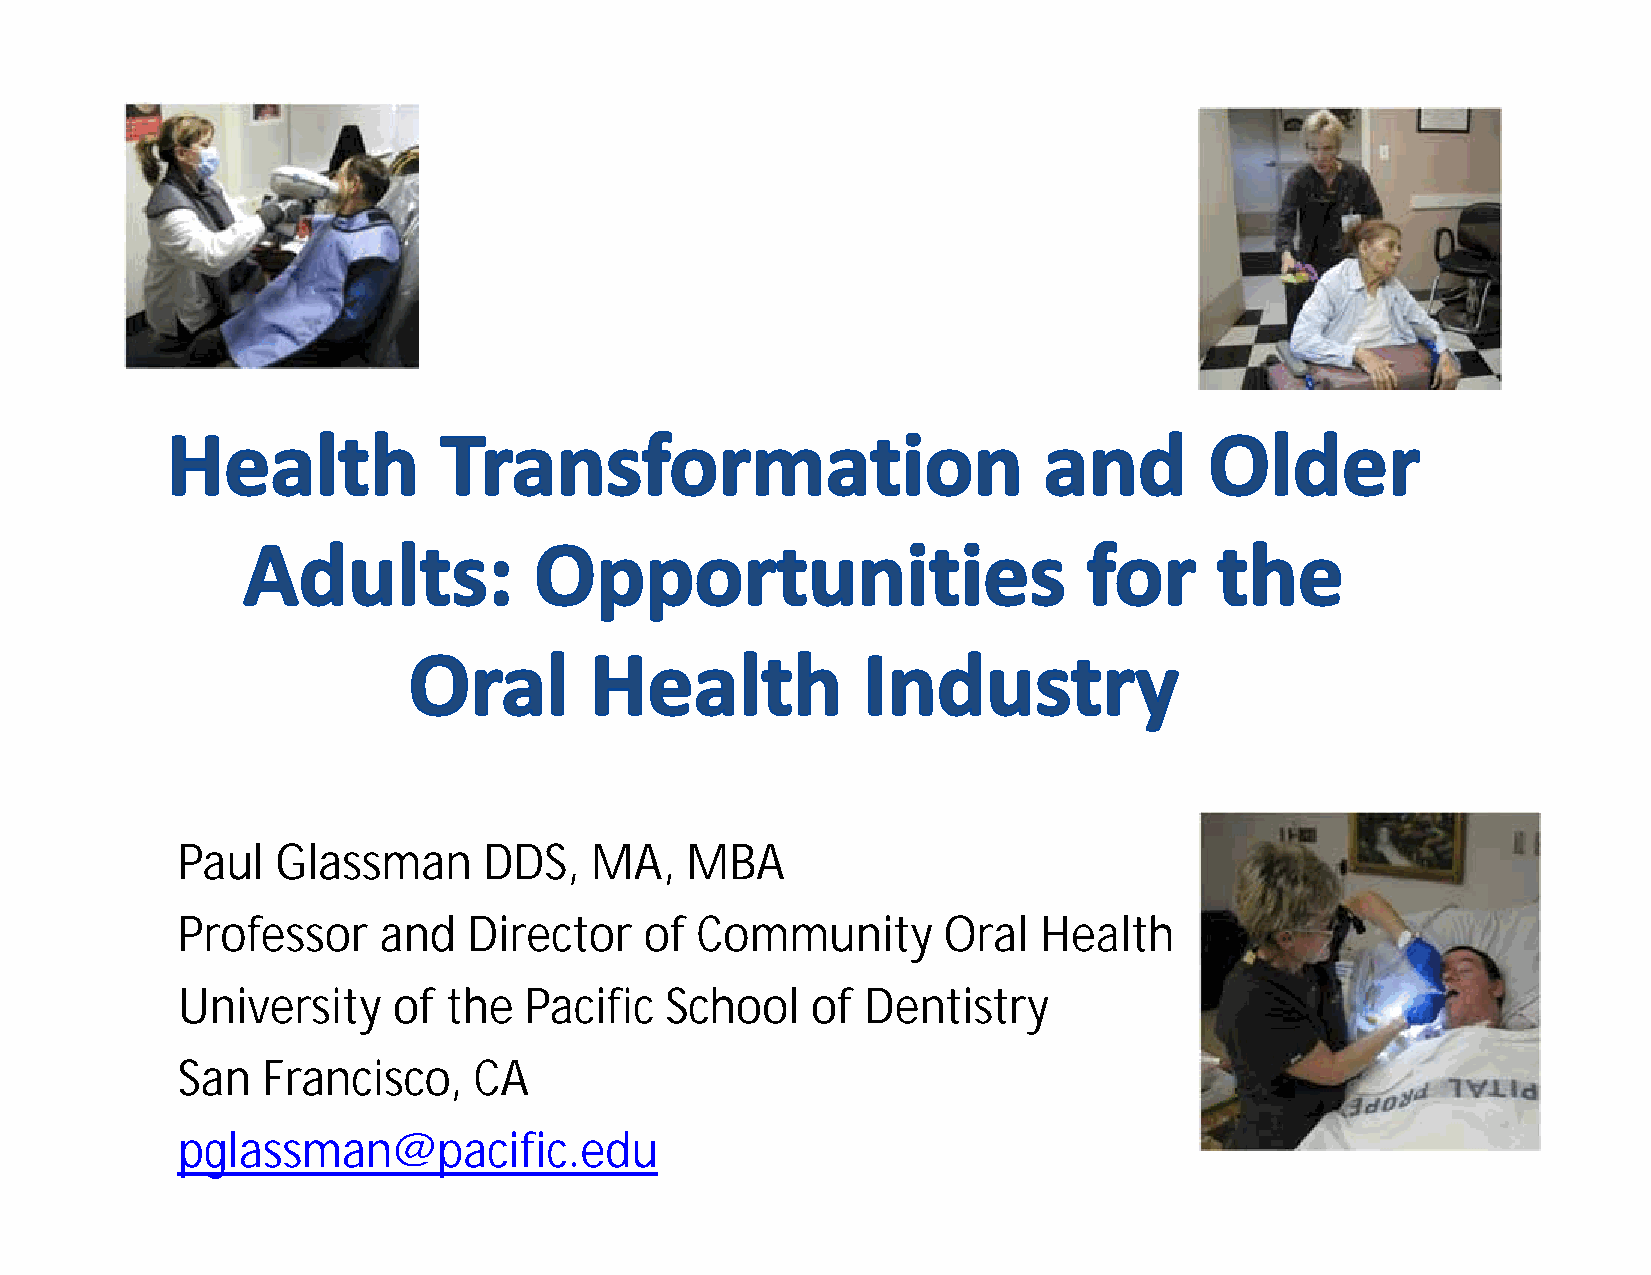
Paul  Glassman      DDS,   MA,   MBA
 Professor    and   Director    of Community       Oral   Health
 University    of the   Pacific  School    of Dentistry
 San  Francisco,    CA
 pglassman@pacific.edu